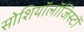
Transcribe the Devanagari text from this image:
सोशियॉलॉजिस्टों